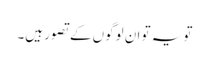
تو یہ تو ان لوگوں کے تصور ہیں۔